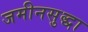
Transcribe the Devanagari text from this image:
जमीनसुद्धा